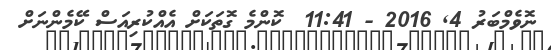
ނޮވެމްބަރު 4